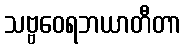
သဗ္ဗဝေရဘယာတီတာ